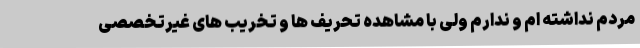
مردم نداشته ام و ندارم ولی با مشاهده تحریف ها و تخریب های غیرتخصصی